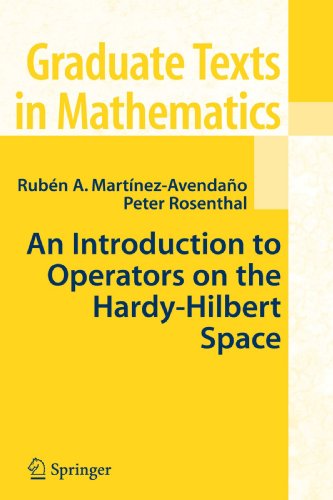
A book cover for An Introduction to Operators on the Hardy-Hilbert Space (Graduate Texts in Mathematics); Ruben A. Martinez-Avendano; Science & Math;